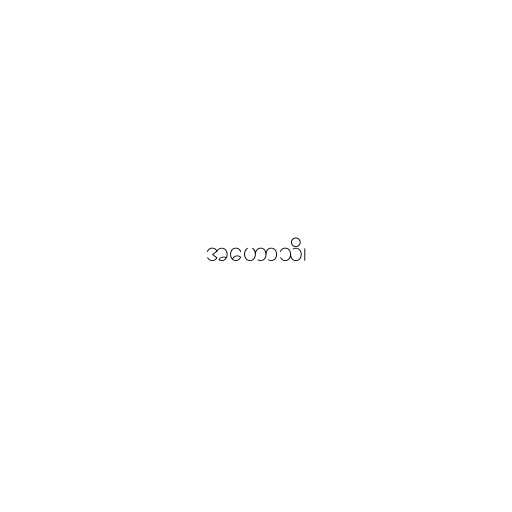
အဟောသိ၊